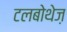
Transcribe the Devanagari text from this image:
टलबोथेज़